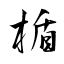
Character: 楯